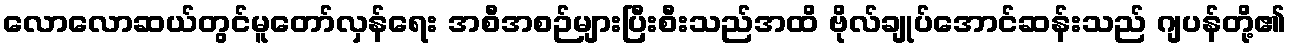
လောလောဆယ်တွင်မူတော်လှန်ရေး အစီအစဉ်များပြီးစီးသည်အထိ ဗိုလ်ချုပ်အောင်ဆန်းသည် ဂျပန်တို့၏